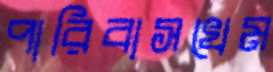
পারিবাসখেম